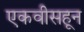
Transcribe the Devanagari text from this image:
एकवीसहून